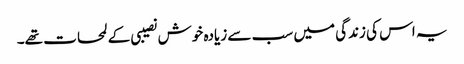
یہ اس کی زندگی میں سب سے زیادہ خوش نصیبی کے لمحات تھے۔